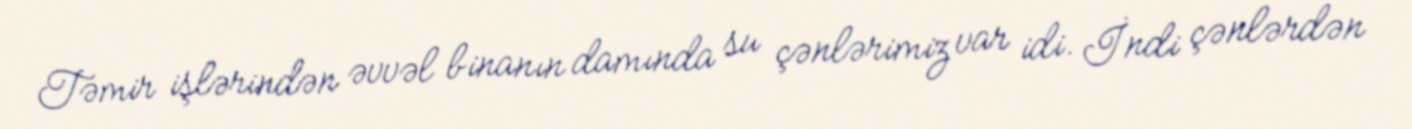
Təmir işlərindən əvvəl binanın damında su çənlərimiz var idi. İndi çənlərdən